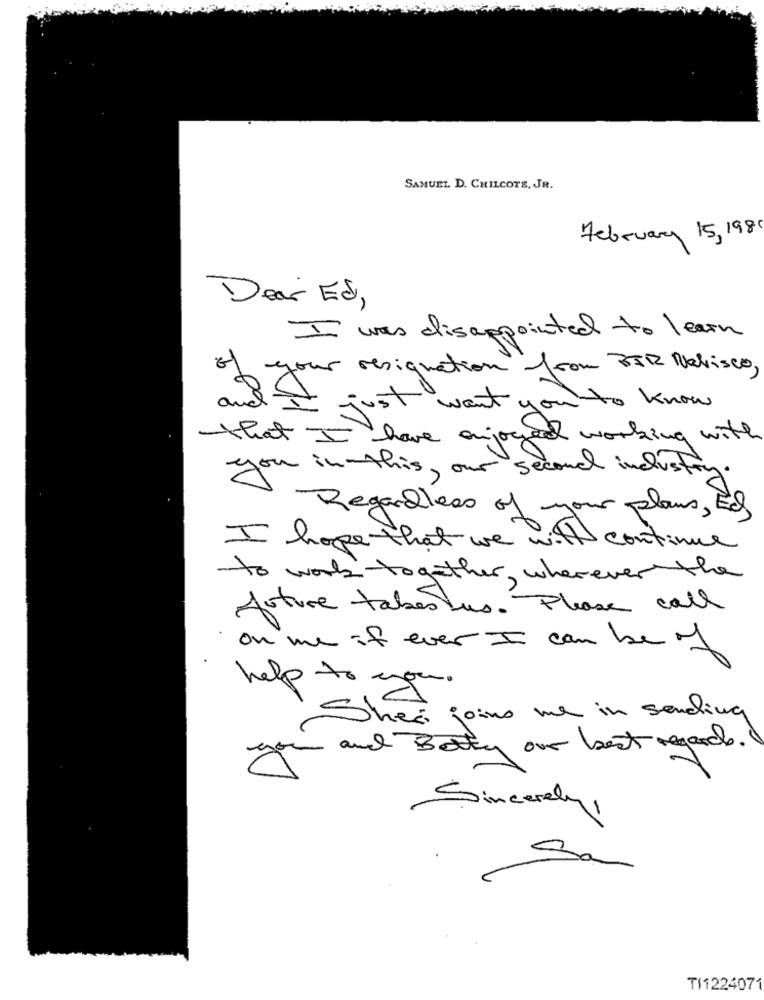
SAMUEL D. CHILCOTE, JR.
February 15, 198
Dear Ed,
I was disappointed to learn
your resignation from BIR Nabisco,
and St
I just want you to know
that I have enjoyed working with
you in-this, our second industry
I Regardless of your plans , Ed
I hope that we with continue
to work together, wherever the
future tabestus. Please call
on me if ever I can be of
help to you.
Sher joins me in sending
and Betty our best regards .
Sincerely,
Sa
TI1224071